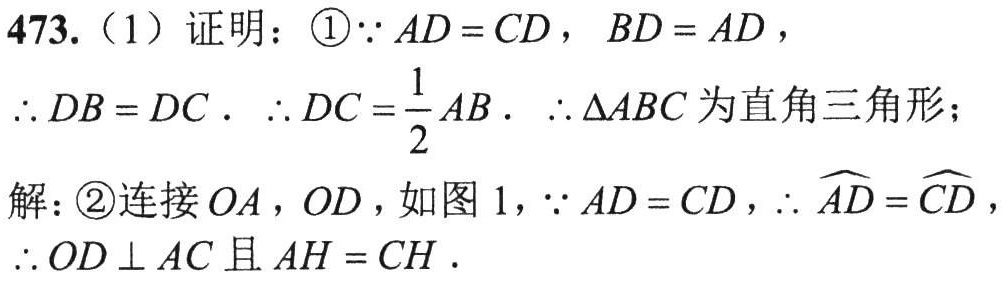
473.（1）证明：\textcircled{1}$\because AD = CD$，$BD = AD$，
$\therefore DB = DC$. $\therefore DC=\frac{1}{2}AB$. $\therefore \triangle ABC$为直角三角形；
解：\textcircled{2}连接$OA$，$OD$，如图 1，$\because AD = CD$，$\therefore \overset{\frown}{AD}=\overset{\frown}{CD}$，
$\therefore OD\perp AC$且$AH = CH$.